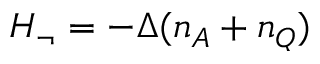
\begin{array} { r } { H _ { \neg } = - \Delta ( n _ { A } + n _ { Q } ) } \end{array}